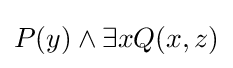
P(y)\land \exists xQ(x,z)